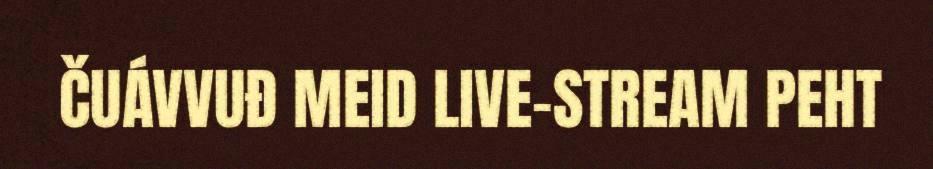
ČUÁVVUĐ MEID LIVE-STREAM PEHT